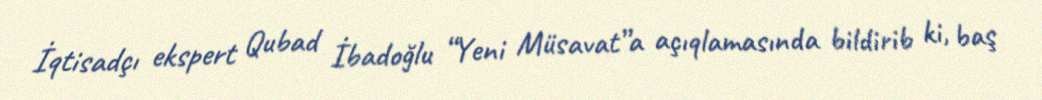
İqtisadçı ekspert Qubad İbadoğlu “Yeni Müsavat”a açıqlamasında bildirib ki, baş